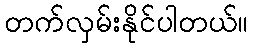
တက်လှမ်းနိုင်ပါတယ်။